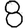
Digit: 8